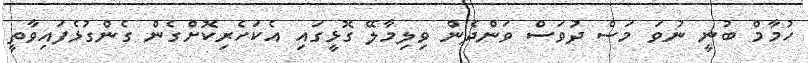
ހުމާމް ބުނީ ނުވަ މަސް ދުވަސް ވަންދެން ވިލިމާލޭ ގޮޅީގައި އެކަހެރިކޮށްގެން ގެންގުޅެފައިވާތީ